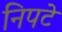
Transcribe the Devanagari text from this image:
निपटे